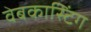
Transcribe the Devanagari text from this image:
वेबकास्टिंग